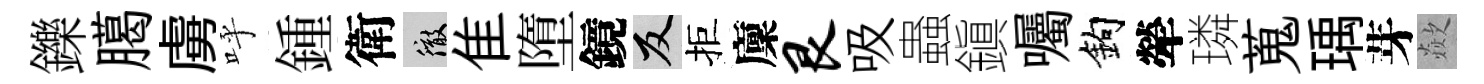
鑠臈虜呼鍾衛徹隹墮鏡反拒廩艮吸蟲鎭囑鈎犖璘蒐瑀芽歘